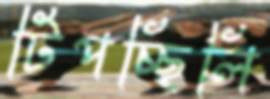
টিপচ্ছিলি